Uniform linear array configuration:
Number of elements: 12
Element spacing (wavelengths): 0.75
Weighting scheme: exponential
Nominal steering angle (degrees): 15
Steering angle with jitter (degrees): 15.307
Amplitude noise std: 0.05
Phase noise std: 0.05

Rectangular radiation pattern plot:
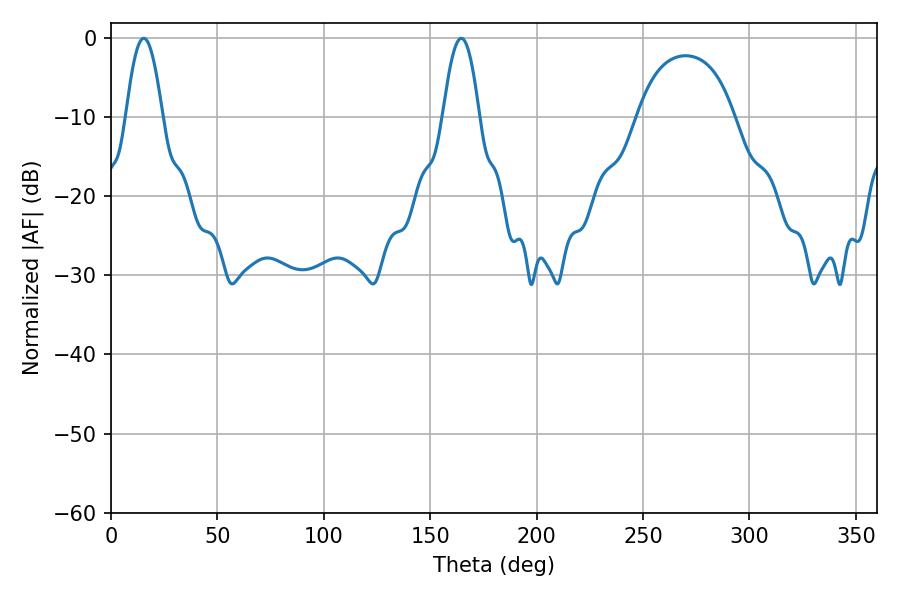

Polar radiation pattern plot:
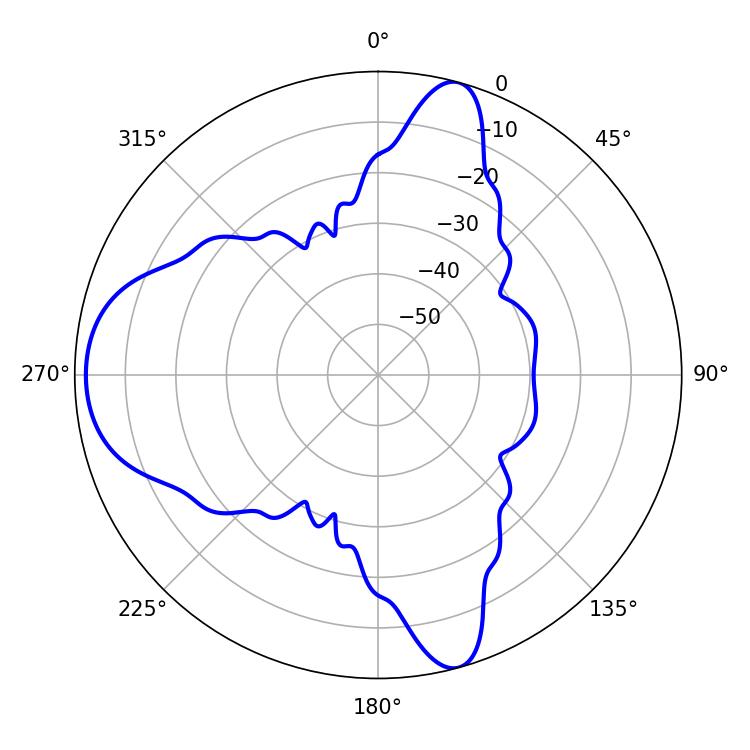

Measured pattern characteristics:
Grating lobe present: TRUE
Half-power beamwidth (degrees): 9.36
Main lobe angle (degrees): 15.48